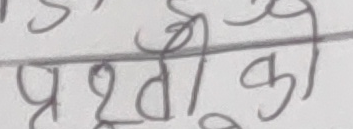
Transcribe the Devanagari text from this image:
पृथ्वी का